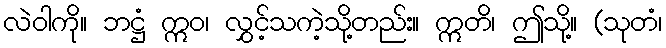
လဲဝါကို။ ဘဋ္ဌံ ဣဝ၊ လွှင့်သကဲ့သို့တည်း။ ဣတိ၊ ဤသို့။ (သုတံ၊